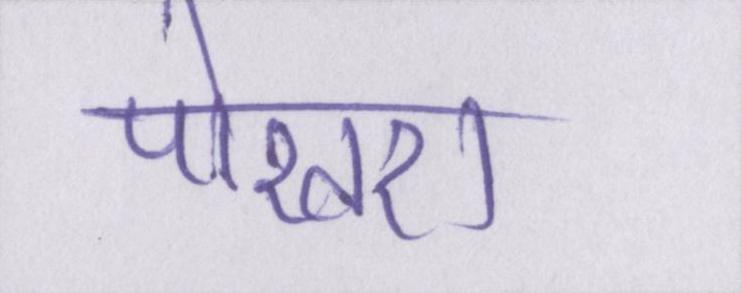
पोखरा